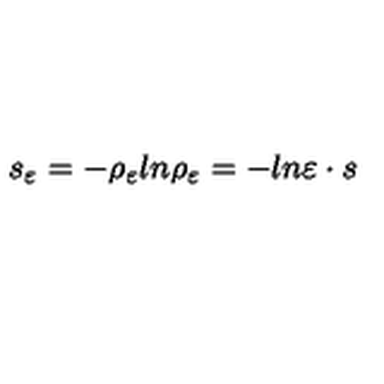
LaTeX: s _ { \varepsilon } = - \rho _ { \varepsilon } l n \rho _ { \varepsilon } = - l n \varepsilon \cdot s